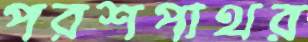
পরশপাথর